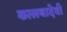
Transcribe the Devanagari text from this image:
कालबादेवी